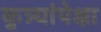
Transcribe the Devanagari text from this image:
कुत्र्यांपेक्षा